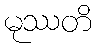
မုဿတိ